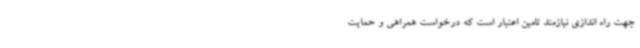
جهت راه اندازی نیازمند تامین اعتبار است که درخواست همراهی و حمایت